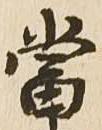
当